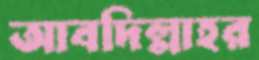
আবদিল্লাহর